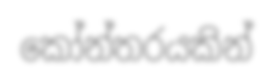
කෝන්තරයකින්